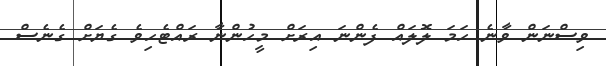
ވިސްނަން ވާނެ ހަމަ ލޮލައް ފެންނަ އިރަށް މީހުންނާ ރައްޓެހިވެ ގެޔަށް ގެނެސް